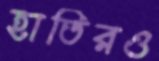
হাতিরও